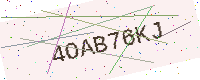
Text: 4OAB76KJ